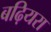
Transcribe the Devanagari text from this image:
बढ़ियरा